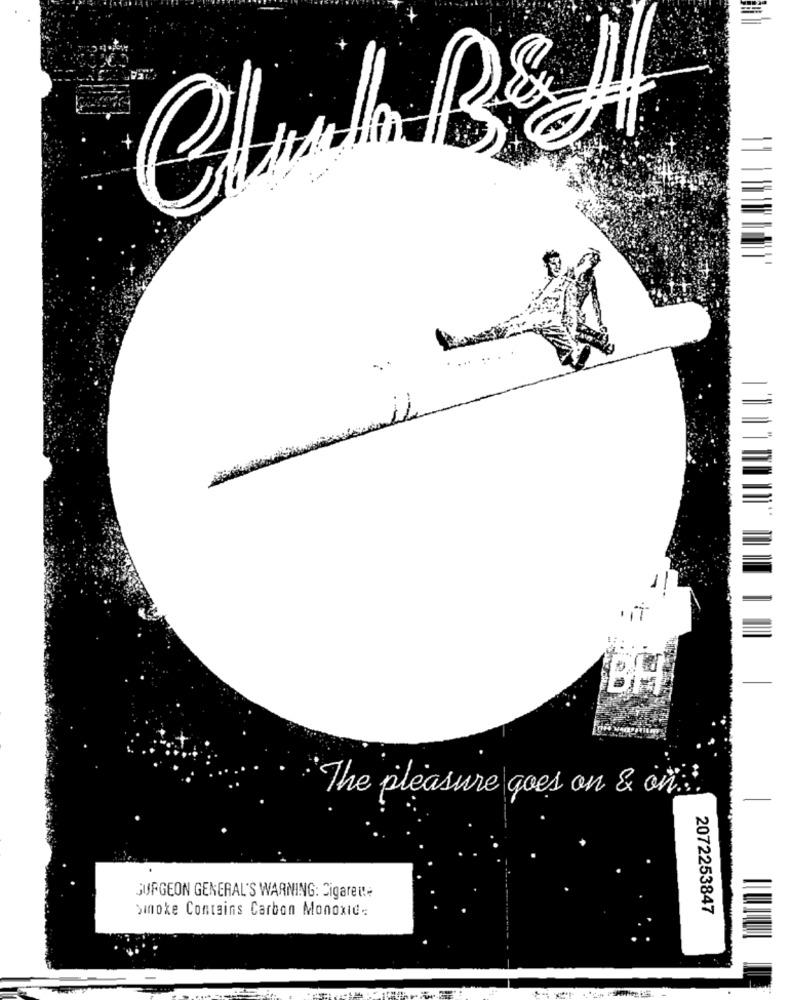
11
.it
BH
"The pleasure goes on & on!
SURGEON GENERAL'S WARNING: Cigaret !=
>inoke Contains Carbon Monoxide
2072253847